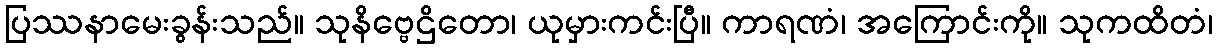
ပြဿနာမေးခွန်းသည်။ သုနိဗ္ဗေဌိတော၊ ယုမှားကင်းပြီ။ ကာရဏံ၊ အကြောင်းကို။ သုကထိတံ၊